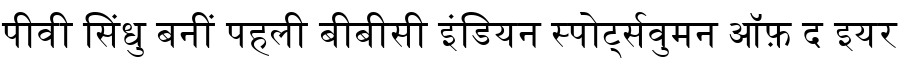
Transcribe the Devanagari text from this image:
पीवी सिंधु बनीं पहली बीबीसी इंडियन स्पोर्ट्सवुमन ऑफ़ द इयर